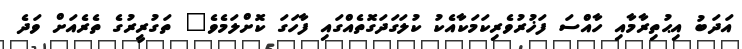
އަދަބު އިޙުތިރާމާއި ހާއްސަ ފަޚުރުވެރިކަމަކާއެކު ކުލަގަދަގޮތެއްގައި ފާހަގަ ކޮށްލަމެވެ" ތަގުރީރުގެ ތެރެއަށް ވަދެ